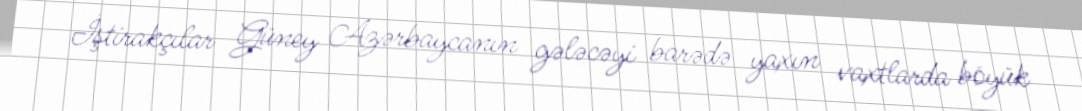
İştirakçılar Güney Azərbaycanın gələcəyi barədə yaxın vaxtlarda böyük